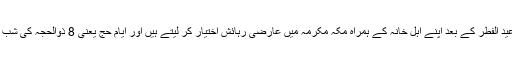
حکام کے مطابق مملکت کے دیگر شہرو ں میں مقیم افراد عید الفطر کے بعد اپنے اہل خانہ کے ہمراہ مکہ مکرمہ میں عارضی رہائش اختیار کر لیتے ہیں اور ایام حج یعنی 8 ذوالحجہ کی شب مکہ مکرمہ سے نکل کر مشاعر مقدسہ روانہ ہو جاتے ہیں۔